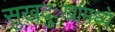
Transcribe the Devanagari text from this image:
सुखदुःखांमध्ये